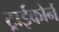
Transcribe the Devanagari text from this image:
ट्राईकोर्न